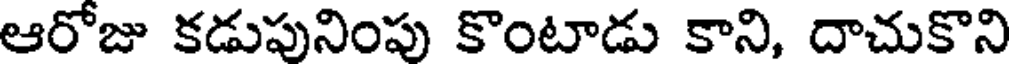
ఆరోజు కడుపునింపు కొంటాడు కాని, దాచుకొని